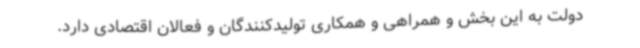
دولت به این بخش و همراهی و همکاری تولیدکنندگان و فعالان اقتصادی دارد.